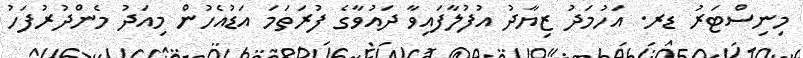
މިނިސްޓަރު ޑރ. އަހުމަދު ޒިޔާދު އުފުލާފައިވާ ދައުވާގެ ފުރަތަމަ އަޑުއެހުން މިއަދު މެންދުރުފަހު